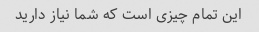
این تمام چیزی است که شما نیاز دارید